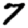
Digit: 7